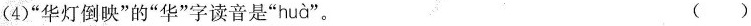
(4)”华灯倒映”的”华”字读音是” huà”。 ()